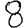
Digit: 8